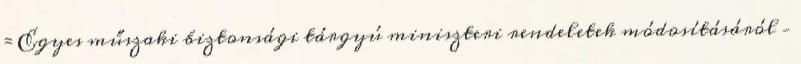
= Egyes műszaki biztonsági tárgyú miniszteri rendeletek módosításáról –